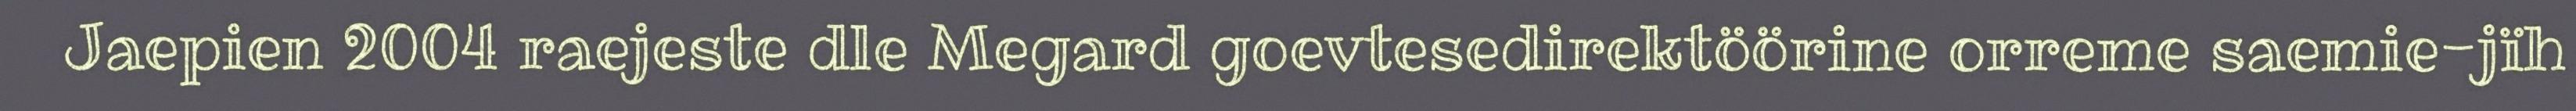
Jaepien 2004 raejeste dle Megard goevtesedirektöörine orreme saemie-jïh